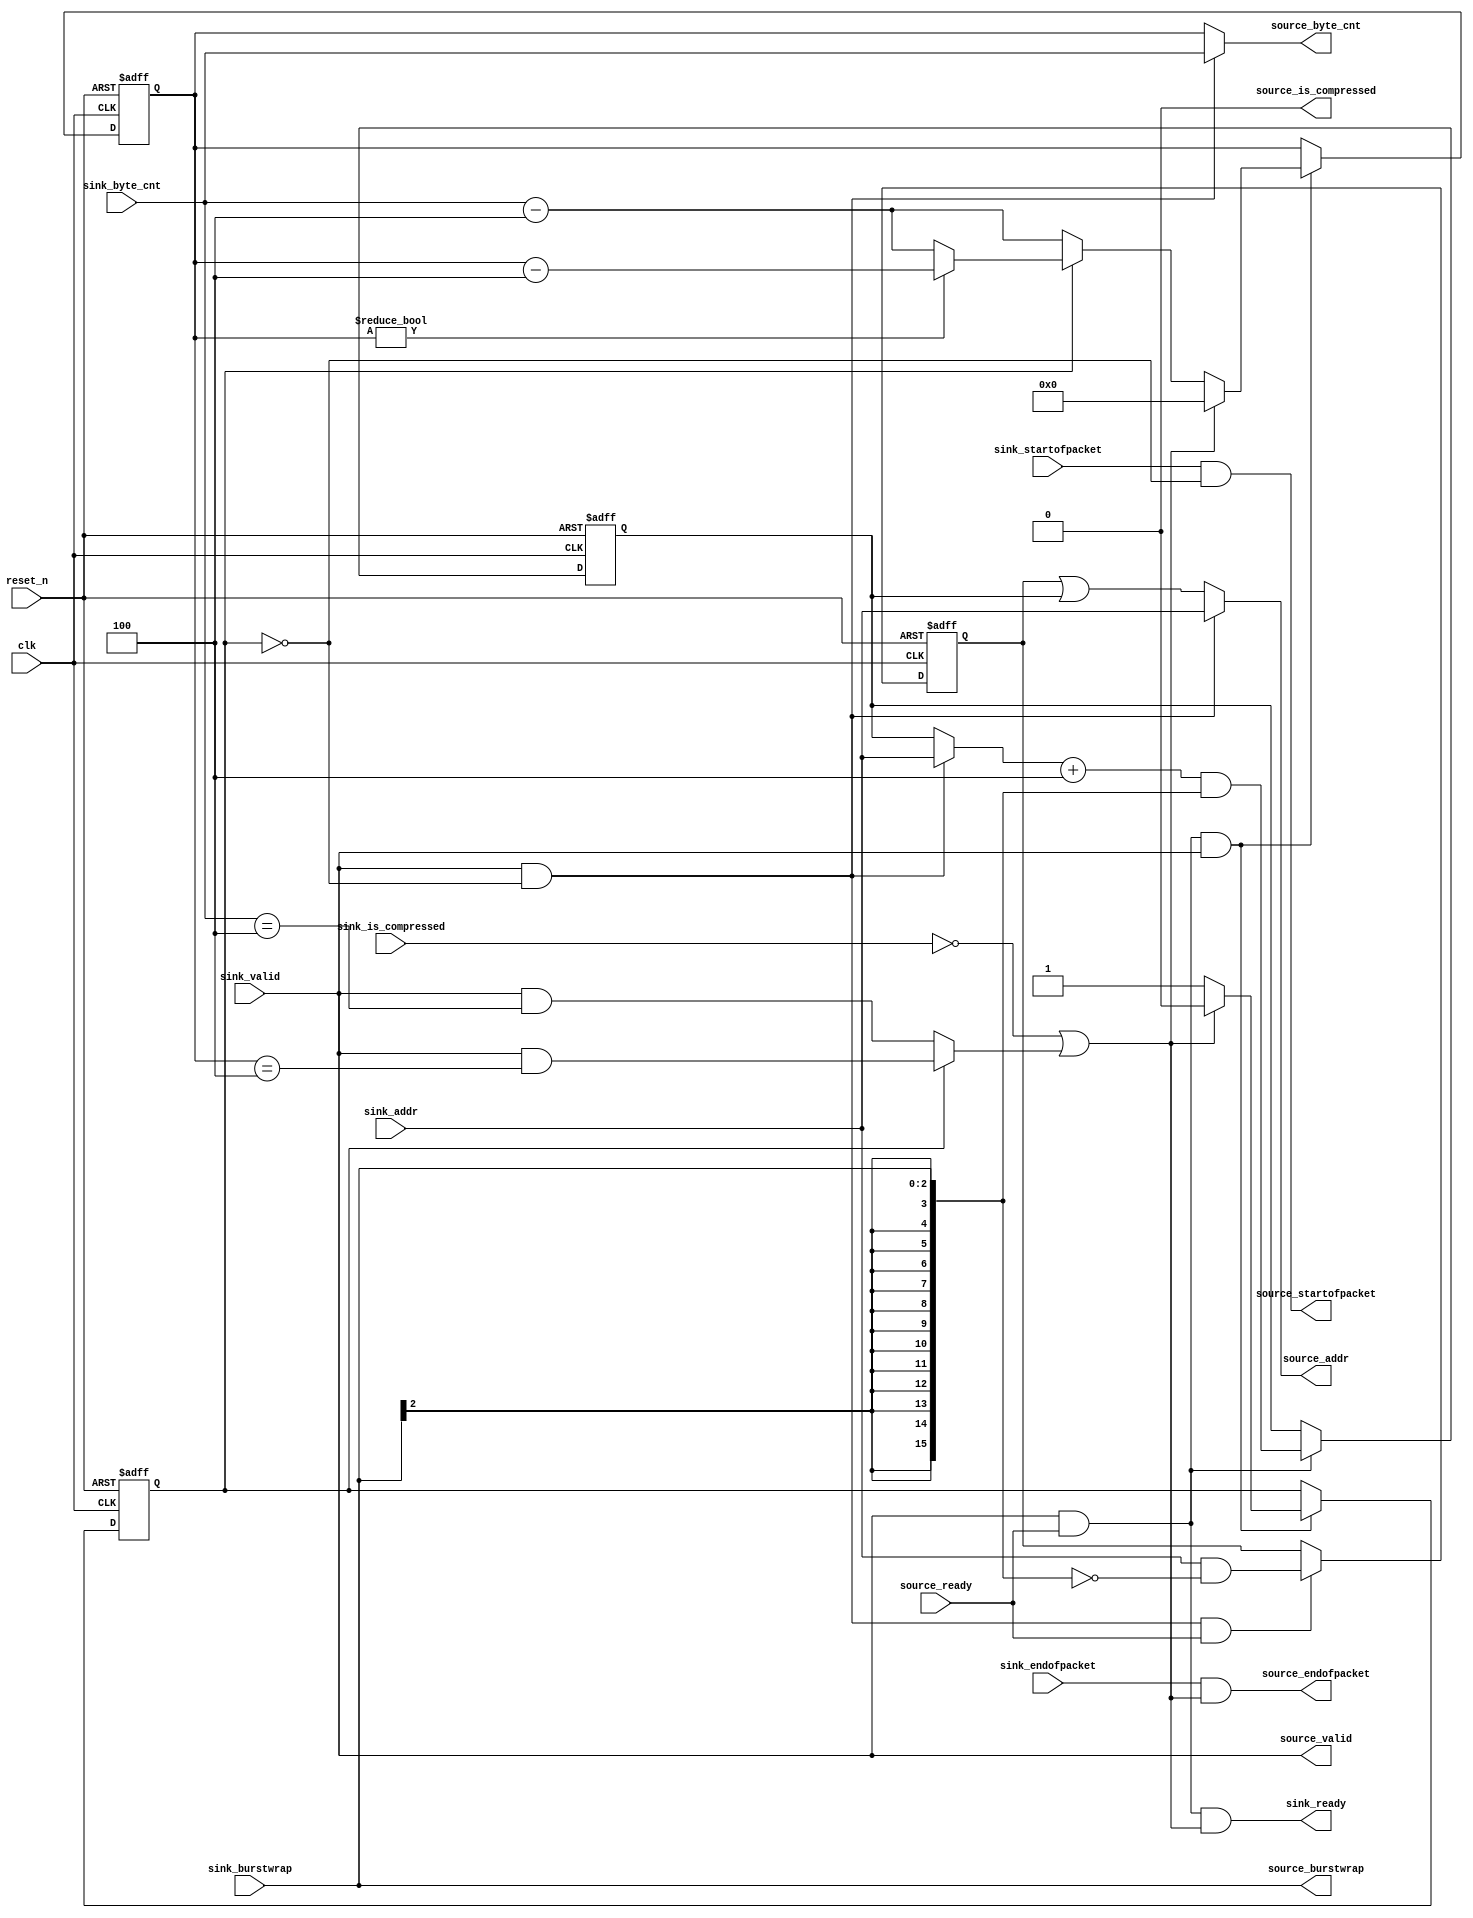
// (C) 2001-2016 Intel Corporation. All rights reserved.
// Your use of Intel Corporation's design tools, logic functions and other 
// software and tools, and its AMPP partner logic functions, and any output 
// files any of the foregoing (including device programming or simulation 
// files), and any associated documentation or information are expressly subject 
// to the terms and conditions of the Intel Program License Subscription 
// Agreement, Intel MegaCore Function License Agreement, or other applicable 
// license agreement, including, without limitation, that your use is for the 
// sole purpose of programming logic devices manufactured by Intel and sold by 
// Intel or its authorized distributors.  Please refer to the applicable 
// agreement for further details.


// (C) 2001-2011 Altera Corporation. All rights reserved.
// Your use of Altera Corporation's design tools, logic functions and other 
// software and tools, and its AMPP partner logic functions, and any output 
// files any of the foregoing (including device programming or simulation 
// files), and any associated documentation or information are expressly subject 
// to the terms and conditions of the Altera Program License Subscription 
// Agreement, Altera MegaCore Function License Agreement, or other applicable 
// license agreement, including, without limitation, that your use is for the 
// sole purpose of programming logic devices manufactured by Altera and sold by 
// Altera or its authorized distributors.  Please refer to the applicable 
// agreement for further details.


// $Id: //acds/rel/11.1/ip/merlin/seq_altera_merlin_slave_agent/seq_altera_merlin_burst_uncompressor.sv#1 $
// $Revision: #1 $
// $Date: 2011/08/15 $
// $Author: max $

// ------------------------------------------
// Merlin Burst Uncompressor
//
// Compressed read bursts -> uncompressed
// ------------------------------------------

`timescale 1 ns / 1 ns

module seq_altera_merlin_burst_uncompressor
#(
    parameter ADDR_W      = 16,
    parameter BURSTWRAP_W = 3,
    parameter BYTE_CNT_W  = 4,
    parameter PKT_SYMBOLS = 4
)
(
    input clk,
    input reset_n,
   
    // sink ST signals
    input sink_startofpacket,
    input sink_endofpacket,
    input sink_valid,
    output sink_ready,
   
    // sink ST "data"
    input [ADDR_W - 1: 0] sink_addr,
    input [BURSTWRAP_W - 1 : 0] sink_burstwrap,
    input [BYTE_CNT_W - 1 : 0] sink_byte_cnt,
    input sink_is_compressed,
   
    // source ST signals
    output source_startofpacket,
    output source_endofpacket,
    output source_valid,
    input source_ready,
   
    // source ST "data"
    output [ADDR_W - 1: 0] source_addr,
    output [BURSTWRAP_W - 1 : 0] source_burstwrap,
    output [BYTE_CNT_W - 1 : 0] source_byte_cnt,
   
    // Note: in the slave agent, the output should always be uncompressed.  In
    // other applications, it may be required to leave-compressed or not. How to
    // control?  Seems like a simple mux - pass-through if no uncompression is
    // required.
    output source_is_compressed
);
   // num_symbols is PKT_SYMBOLS, appropriately sized.
   wire [31:0] int_num_symbols = PKT_SYMBOLS;
   wire [BYTE_CNT_W-1:0] num_symbols = int_num_symbols[BYTE_CNT_W-1:0];
  
   // def: Burst Compression.  In a merlin network, a compressed burst is one 
   // which is transmitted in a single beat.  Example: read burst.  In 
   // constrast, an uncompressed burst (example: write burst) is transmitted in
   // one beat per writedata item.
   //
   // For compressed bursts which require response packets, burst
   // uncompression is required.  Concrete example: a read burst of size 8
   // occupies one response-fifo position.  When that fifo position reaches the
   // front of the FIFO, the slave starts providing the required 8 readdatavalid
   // pulses.  The 8 return response beats must be provided in a single packet,
   // with incrementing address and decrementing byte_cnt fields.  Upon receipt
   // of the final readdata item of the burst, the response FIFO item is
   // retired.
   // Burst uncompression logic provides:
   //   a) 2-state FSM (idle, busy)
   //     reset to idle state
   //     transition to busy state for 2nd and subsequent rdv pulses
   //     - a single-cycle burst (aka non-burst read) causes no transition to
   //     busy state.
   //   b) response startofpacket/endofpacket logic.  The response FIFO item 
   //   will have sop asserted, and may have eop asserted. (In the case of
   //   multiple read bursts transmit in the command fabric in a single packet,
   //   the eop assertion will come in a later FIFO item.)  To support packet
   //   conservation, and emit a well-formed packet on the response fabric,
   //     i) response fabric startofpacket is asserted only for the first resp.
   //     beat;
   //     ii) response fabric endofpacket is asserted only for the last resp.
   //     beat.
   //   c) response address field.  The response address field contains an
   //   incrementing sequence, such that each readdata item is associated with
   //   its slave-map location.  N.b. a) computing the address correctly requires
   //   knowledge of burstwrap behavior b) there may be no clients of the address
   //   field, which makes this field a good target for optimization.  See
   //   burst_uncompress_address_counter below.
   //   d) response byte_cnt field.  The response byte_cnt field contains a
   //   decrementing sequence, such that each beat of the response contains the
   //   count of bytes to follow.  In the case of sub-bursts in a single packet,
   //   the byte_cnt field may decrement down to num_symbols, then back up to
   //   some value, multiple times in the packet.
  
   reg burst_uncompress_busy;
   reg [BYTE_CNT_W-1:0] burst_uncompress_byte_counter;
   wire first_packet_beat;
   wire last_packet_beat;

   assign first_packet_beat = sink_valid & ~burst_uncompress_busy;

   // First cycle: burst_uncompress_byte_counter isn't ready yet, mux the input to
   // the output.
   assign source_byte_cnt =
     first_packet_beat ? sink_byte_cnt : burst_uncompress_byte_counter;
   assign source_valid = sink_valid;
  
   // Last packet beat is set throughout receipt of an uncompressed read burst
   // from the response FIFO - this forces all the burst uncompression machinery
   // idle.
   assign last_packet_beat = ~sink_is_compressed |
     (
     burst_uncompress_busy ?
       (sink_valid & (burst_uncompress_byte_counter == num_symbols)) :
         sink_valid & (sink_byte_cnt == num_symbols)
     );
  
   always @(posedge clk or negedge reset_n) begin
     if (~reset_n) begin
       burst_uncompress_busy <= 0;		//*** SV-to-V: '0=>0 
       burst_uncompress_byte_counter <= 0;		//*** SV-to-V: '0=>0 
     end
     else begin
       if (source_valid & source_ready & sink_valid) begin
         // No matter what the current state, last_packet_beat leads to
         // idle.
         if (last_packet_beat) begin
           burst_uncompress_busy <= 0;		//*** SV-to-V: '0=>0 
           burst_uncompress_byte_counter <= 0;		//*** SV-to-V: '0=>0 
         end
         else begin
           if (burst_uncompress_busy) begin
             burst_uncompress_byte_counter <= burst_uncompress_byte_counter ? 
               (burst_uncompress_byte_counter - num_symbols) :
               (sink_byte_cnt - num_symbols);
           end
           else begin // not busy, at least one more beat to go
             burst_uncompress_byte_counter <= sink_byte_cnt - num_symbols;
             // To do: should busy go true for numsymbols-size compressed
             // bursts?
             burst_uncompress_busy <= 1;		//*** SV-to-V: '1=>??? FIXED
           end
         end
       end
     end
   end
  
   wire [ADDR_W - 1 : 0 ] addr_width_burstwrap;
   reg [ADDR_W - 1 : 0 ] burst_uncompress_address_base;
   reg [ADDR_W - 1 : 0] burst_uncompress_address_offset;

   // The input burstwrap value can be used as a mask against address values,
   // but with one caveat: the address width may be (probably is) wider than 
   // the burstwrap width.  The spec says: extend the msb of the burstwrap 
   // value out over the entire address width (but only if the address width
   // actually is wider than the burstwrap width; otherwise it's a 0-width or
   // negative range and concatenation multiplier). 
   assign addr_width_burstwrap[BURSTWRAP_W - 1 : 0] = sink_burstwrap;
   generate
      if (ADDR_W > BURSTWRAP_W) begin : addr_sign_extend
         // Sign-extend, just wires:
         assign addr_width_burstwrap[ADDR_W - 1 : BURSTWRAP_W] =
            {(ADDR_W - BURSTWRAP_W) {sink_burstwrap[BURSTWRAP_W - 1]}};
      end
   endgenerate

   always @(posedge clk or negedge reset_n) begin
     if (~reset_n) begin
       burst_uncompress_address_base <= 0;		//*** SV-to-V: '0=>0 
     end
     else if (first_packet_beat & source_ready) begin
       burst_uncompress_address_base <= sink_addr & ~addr_width_burstwrap;
     end
   end

   wire [ADDR_W - 1 : 0] p1_burst_uncompress_address_offset =
   (
     (first_packet_beat ?
       sink_addr :
       burst_uncompress_address_offset) + num_symbols
    ) &
    addr_width_burstwrap;

   always @(posedge clk or negedge reset_n) begin
     if (~reset_n) begin
       burst_uncompress_address_offset <= 0;		//*** SV-to-V: '0=>0 
     end
     else begin
       if (source_ready & source_valid) begin
         burst_uncompress_address_offset <= p1_burst_uncompress_address_offset;
         // if (first_packet_beat) begin
         //   burst_uncompress_address_offset <=
         //     (sink_addr + num_symbols) & addr_width_burstwrap;
         // end
         // else begin
         //   burst_uncompress_address_offset <=
         //     (burst_uncompress_address_offset + num_symbols) & addr_width_burstwrap;
         // end
       end
     end
   end
  
   // On the first packet beat, send the input address out unchanged, 
   // while values are computed/registered for 2nd and subsequent beats.
   assign source_addr = first_packet_beat ? sink_addr :
       burst_uncompress_address_base | burst_uncompress_address_offset;
   assign source_burstwrap = sink_burstwrap;
  
   //-------------------------------------------------------------------
   // A single (compressed) read burst will have sop/eop in the same beat.
   // A sequence of read sub-bursts emitted by a burst adapter in response to a
   // single read burst will have sop on the first sub-burst, eop on the last.
   // Assert eop only upon (sink_endofpacket & last_packet_beat) to preserve 
   // packet conservation.
   assign source_startofpacket = sink_startofpacket & ~burst_uncompress_busy;
   assign source_endofpacket   = sink_endofpacket & last_packet_beat;
   assign sink_ready = source_valid & source_ready & last_packet_beat;
  
   // This is correct for the slave agent usage, but won't always be true in the
   // width adapter.  To do: add an "please uncompress" input, and use it to
   // pass-through or modify, and set source_is_compressed accordingly.
   assign source_is_compressed = 1'b0;
endmodule